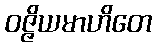
ဝဇ္ဇိယမာဟိတေ